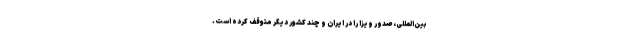
بین‌المللی، صدور ویزا را در ایران و چند کشور دیگر متوقف کرده است.